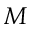
M